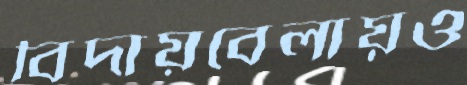
বিদায়বেলায়ও